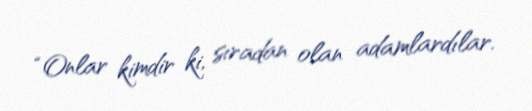
“Onlar kimdir ki, sıradan olan adamlardılar.